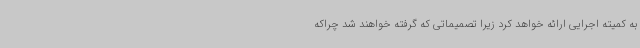
به کمیته اجرایی ارائه خواهد کرد زیرا تصمیماتی که گرفته خواهند شد چراکه